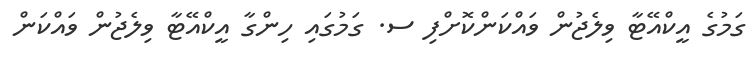
ގަމުގެ އީކްއޭޓާ ވިލެޖުން ވައްކަންކޮށްފި ސ. ގަމުގައި ހިންގާ އީކްއޭޓާ ވިލެޖުން ވައްކަން